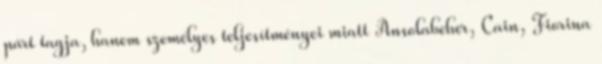
párt tagja, hanem személyes teljesítményei miatt Ansolabeher, Cain, Fiorina